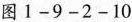
图1-9-2-10